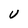
Character: v